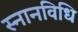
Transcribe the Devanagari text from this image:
स्नानविधि